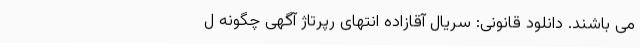
می باشند. دانلود قانونی: سریال آقازاده انتهای رپرتاژ آگهی چگونه ل